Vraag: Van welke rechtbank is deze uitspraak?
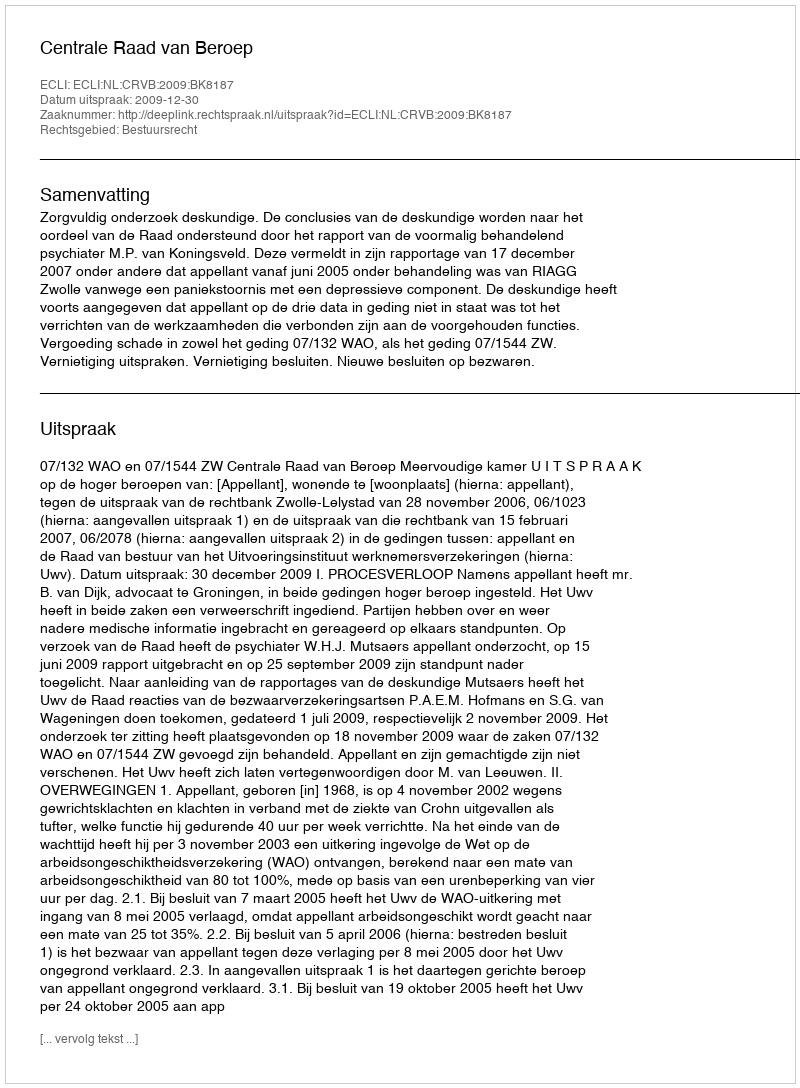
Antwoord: Centrale Raad van Beroep